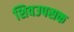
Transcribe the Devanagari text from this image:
शिवउपसक